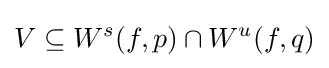
V\subseteq W^{s}(f,p)\cap W^{u}(f,q)